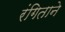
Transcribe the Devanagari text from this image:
रंगिताने